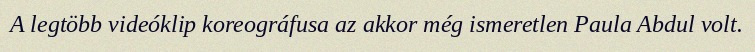
A legtöbb videóklip koreográfusa az akkor még ismeretlen Paula Abdul volt.